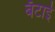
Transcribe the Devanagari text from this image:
बँटाई